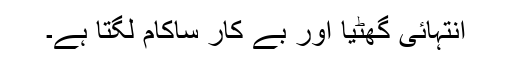
انتہائی گھٹیا اور بے کار ساکام لگتا ہے۔